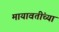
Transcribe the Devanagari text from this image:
मायावतींच्या